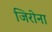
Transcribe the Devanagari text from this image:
जिरोना